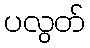
ပလွတ်